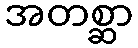
အတစ္ဆာ